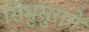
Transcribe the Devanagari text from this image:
सिंधुसुराने